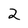
Character: 2